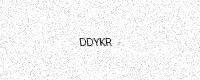
Text: DDYKR